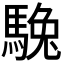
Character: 𩣮